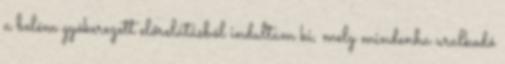
a belém gyökerezett előrelátásból indultam ki, mely mindenha uralkodó